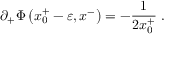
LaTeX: \partial _ { + } \Phi \left( x _ { 0 } ^ { + } - \varepsilon , x ^ { - } \right) = - { \frac { 1 } { 2 x _ { 0 } ^ { + } } } \; .